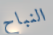
النباح